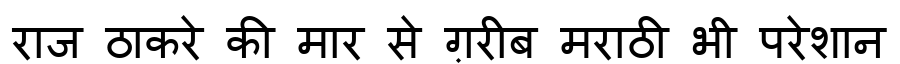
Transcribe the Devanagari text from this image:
राज ठाकरे की मार से ग़रीब मराठी भी परेशान